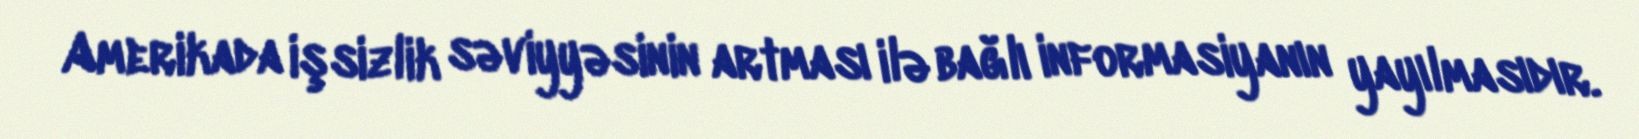
Amerikada işsizlik səviyyəsinin artması ilə bağlı informasiyanın yayılmasıdır.